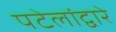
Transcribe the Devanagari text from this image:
पटेलांद्वारे